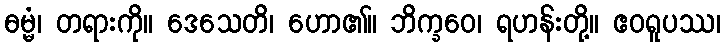
ဓမ္မံ၊ တရားကို။ ဒေသေတိ၊ ဟော၏။ ဘိက္ခဝေ၊ ရဟန်းတို့။ ဧဝရူပဿ၊